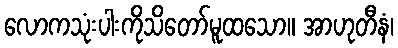
လောကသုံးပါးကိုသိတော်မူထသော။ အာဟုတီနံ၊